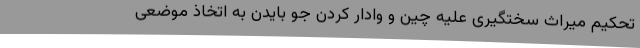
تحکیم میراث سختگیری علیه چین و وادار کردن جو بایدن به اتخاذ موضعی